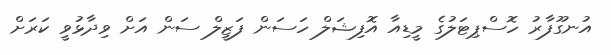
އުނގޫފާރު ހޮސްޕިޓަލުގެ މީޑިއާ އޮފިޝަލް ހަސަން ފަޒީލް ސަން އަށް ވިދާޅުވީ ކަރަށް